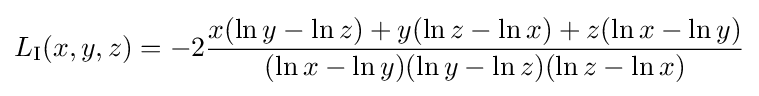
L_{\text{I}}(x,y,z)=-2{\frac {x(\ln y-\ln z)+y(\ln z-\ln x)+z(\ln x-\ln y)}{(\ln x-\ln y)(\ln y-\ln z)(\ln z-\ln x)}}